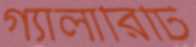
গ্যালারিটি